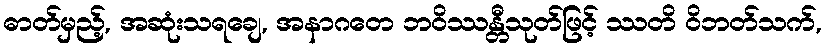
ဓာတ်မှည့်, အဆုံးသရချေ, အနာဂတေ ဘဝိဿန္တီသုတ်ဖြင့် ဿတိ ဝိဘတ်သက်,